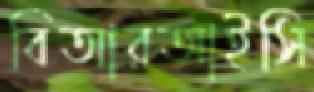
বিআরআইসি